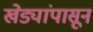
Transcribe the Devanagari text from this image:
खेड्यांपासून